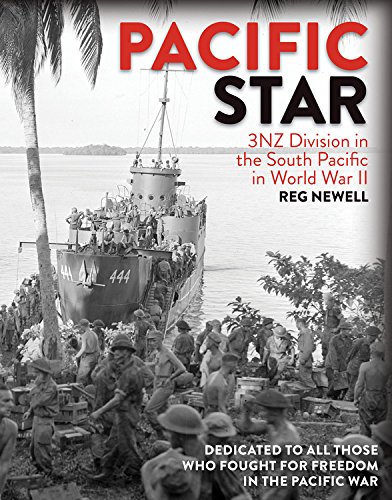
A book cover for Pacific Star: 3NZ Division in the South Pacific in World War II; Reg Newell; History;